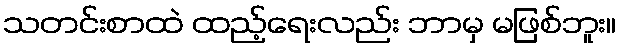
သတင်းစာထဲ ထည့်ရေးလည်း ဘာမှ မဖြစ်ဘူး။